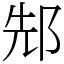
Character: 䢾